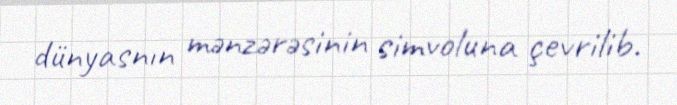
dünyasnın mənzərəsinin simvoluna çevrilib.